Medical and sanitary report of the native army of Bengal for the year
Year: 1877
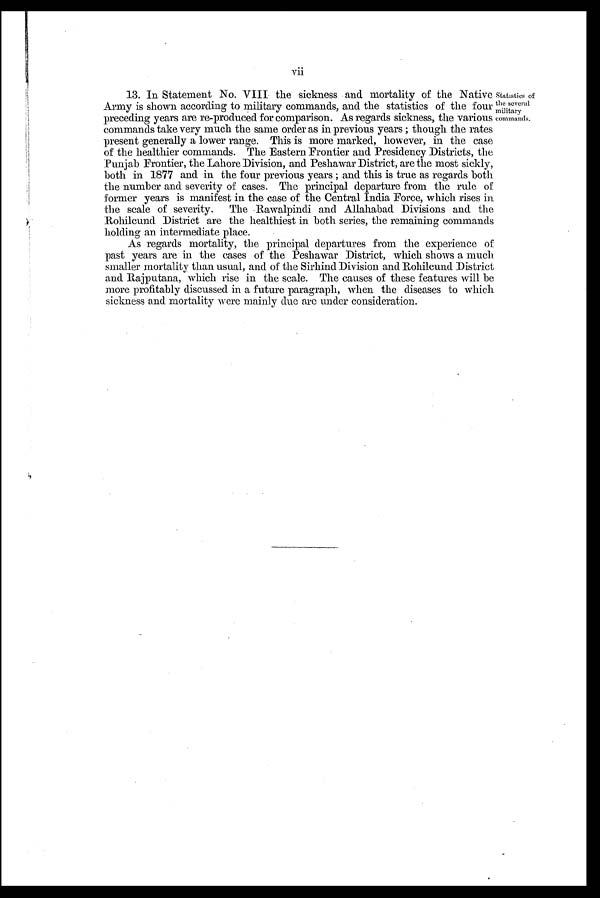
vii
13. In Statement No. VIII the sickness and mortality of the Native
Army is shown according to military commands, and the statistics of the four
preceding years are re-produced for comparison. As regards sickness, the various
commands take very much the same order as in previous years ; though the rates
present generally a lower range. This is more marked, however, in the case
of the healthier commands. The Eastern Frontier and Presidency Districts, the
Punjab Frontier, the Lahore Division, and Peshawar District, are the most sickly,
both in 1877 and in the four previous years ; and this is true as regards both
the number and severity of cases. The principal departure from the rule of
former years is manifest in the case of the Central India Force, which rises in
the scale of severity. The Rawalpindi and Allahabad Divisions and the
Rohilcund District are the healthiest in both series, the remaining commands
holding an intermediate place.
As regards mortality, the principal departures from the experience of
past years are in the cases of the Peshawar District, which shows a much
smaller mortality than usual, and of the Sirhind Division and Rohilcund District
and Rajputana, which rise in the scale. The causes of these features will be
more profitably discussed in a future paragraph, when the diseases to which
sickness and mortality were mainly due are under consideration.
Statistics of
the several
military
commands.